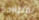
بمطاردة